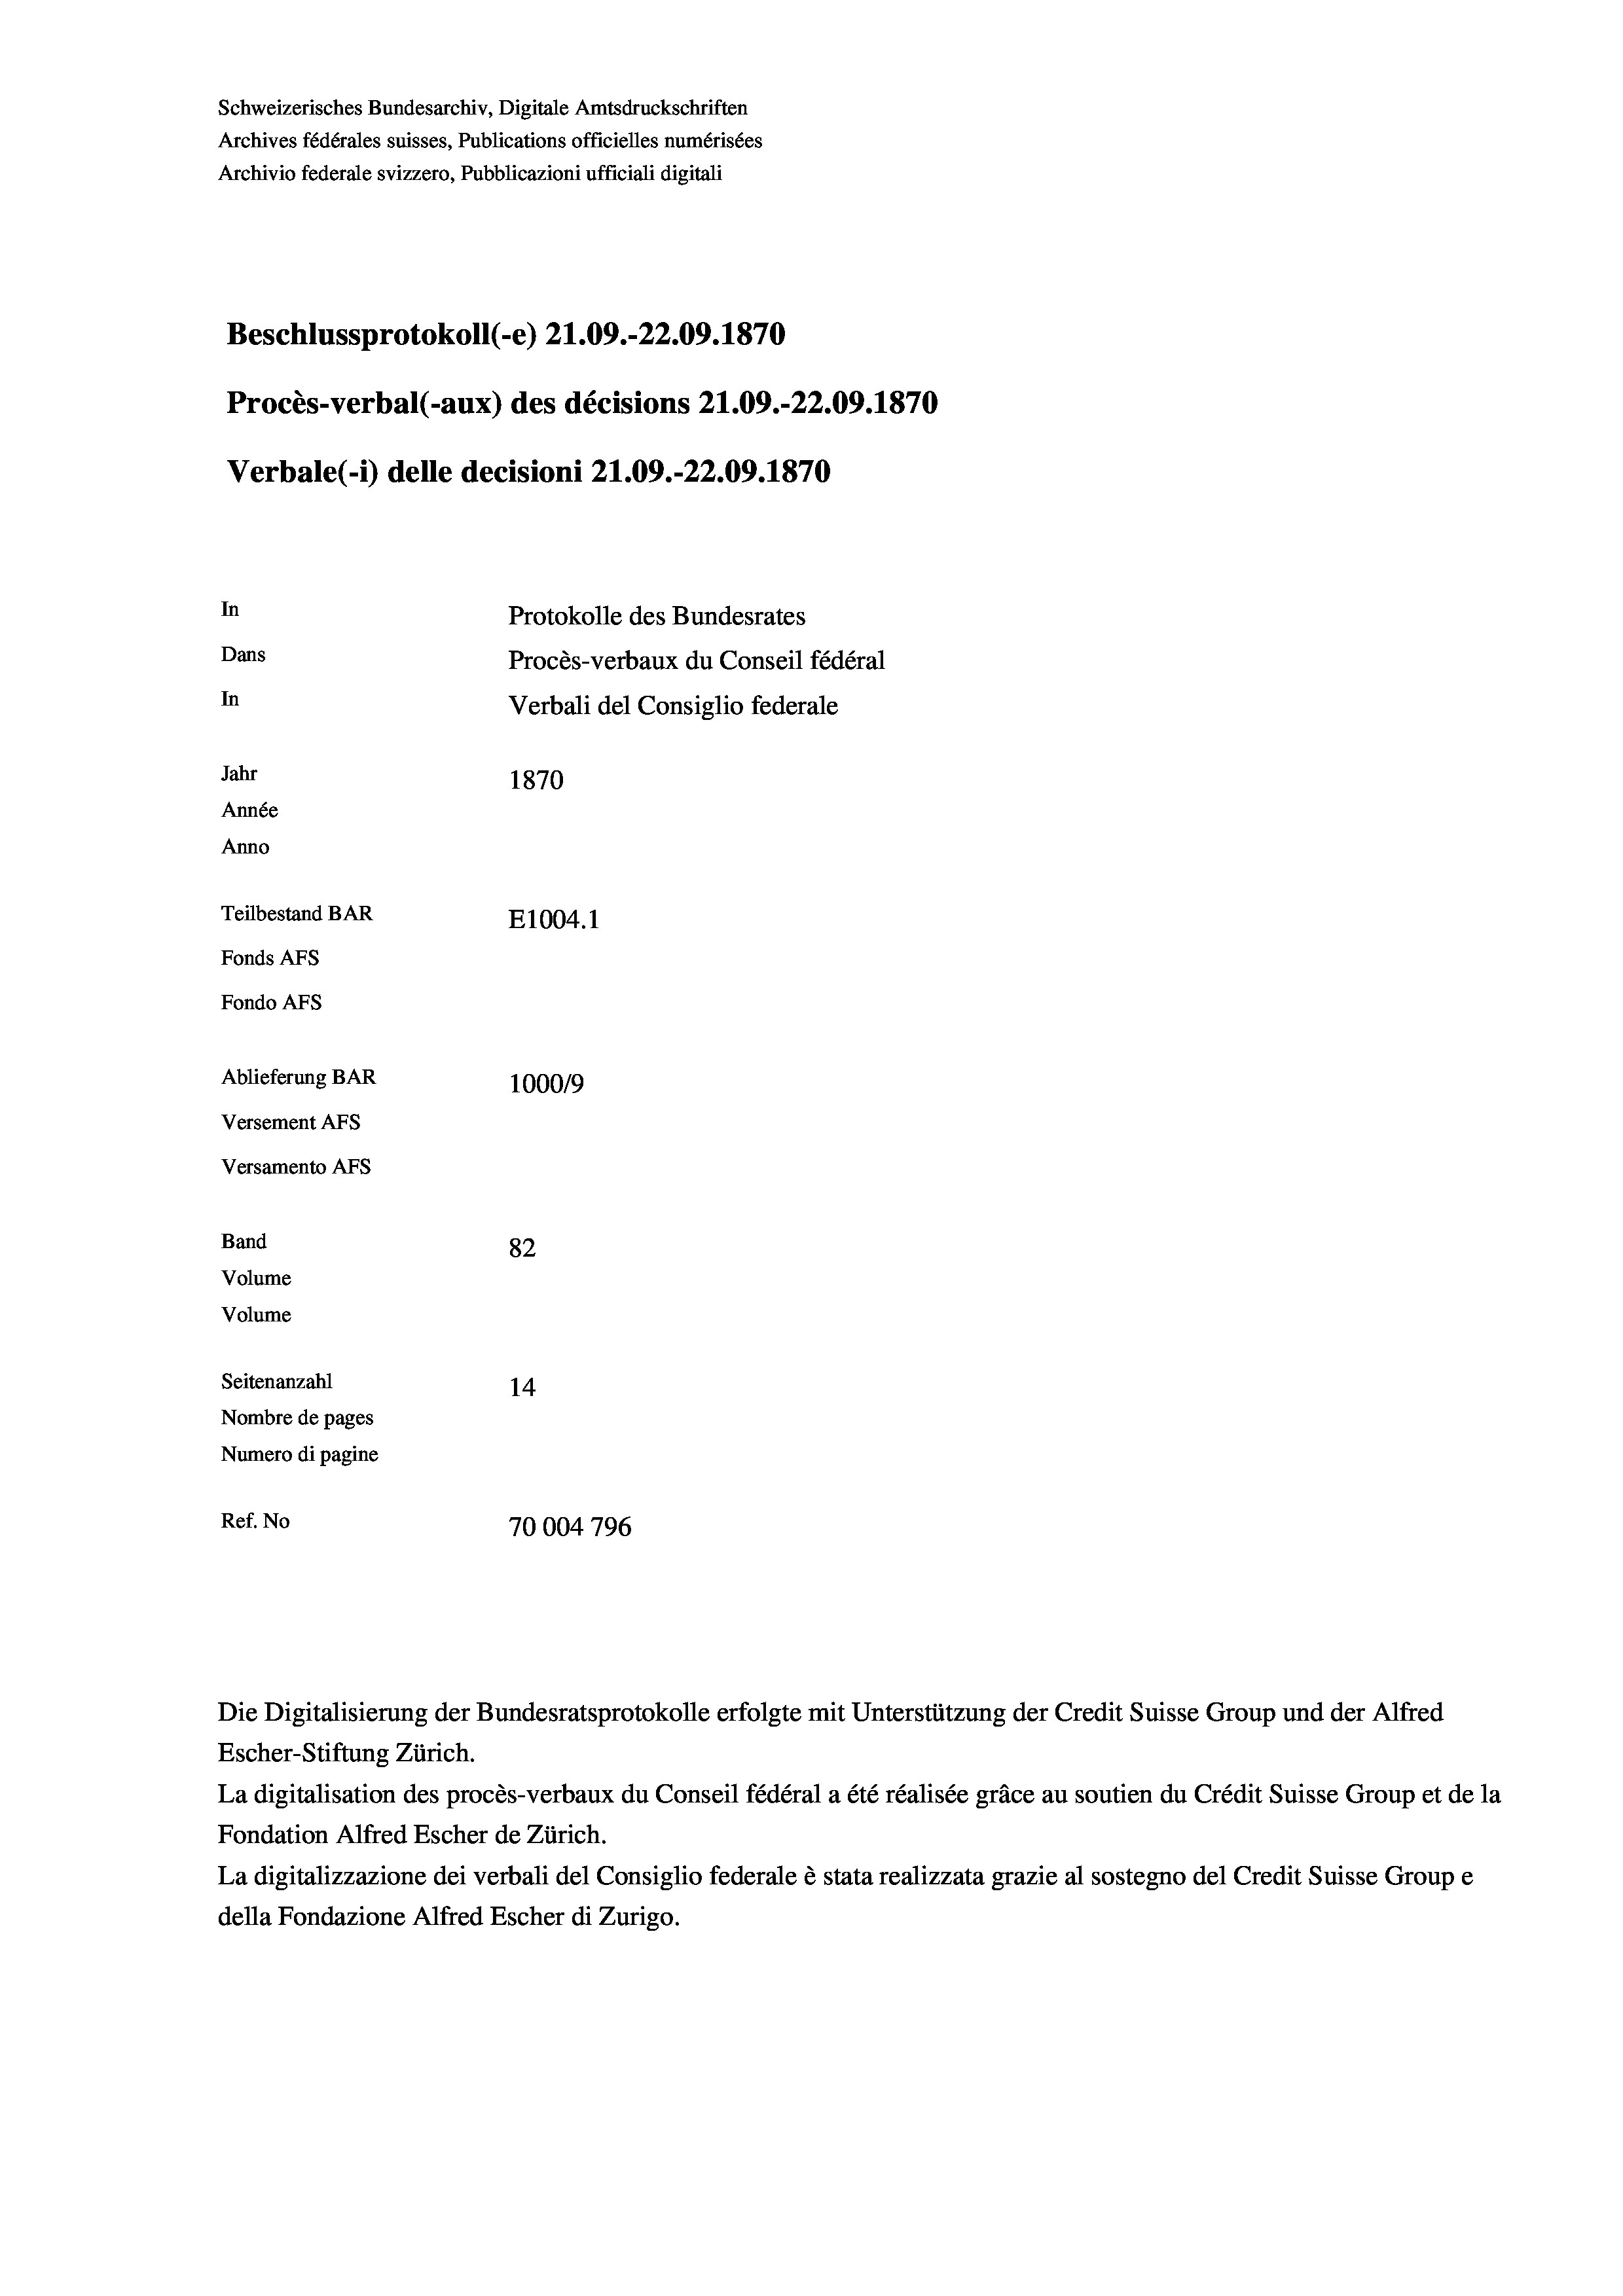
Schweizerisches Bundesarchiv, Digitale Amtsdruckschriften
Archives fédérales suisses, Publications officielles numérisées
Archivio federale svizzero, Pubblicazioni ufficiali digitali
Beschlussprotokoll (-e) 21.09.-22.09. 1870
Procès-verbal (-aux) des décisions 21.09.-22.09. 1870
Verbale(*) delle decisioni 21.09.-22.09. 1870
In
Protokolle des Bundesrates
Dans
Procès-verbaux du Conseil fédéral
In
Verbali del Consiglio federale
Jahr
1870
Année
Anno
Teilbestand BAR
E1004. 1
Fonds Afs
Fondo AFS
Ablieferung BAR
100019
Versement AFs
Versamento AFs
Band
82
Volume
Volume
Seitenanzahl
14

Nombre de pages
Numero di pagine
Ref. No
70004 796

Escher-Stiftung Zürich.
La digitalisation des procès-verbaux du Conseil fédéral a été réalisée gräce au soutien du Crédit Suisse Group et de la
Fondation Alfred Escher de Zürich.
La digitalizzazione dei verbali del Consiglio federale è stata realizzata grazie al sostegno del Credit Suisse Groupe
della Fondazione Alfred Escher di Zurigo.

Die Digitalisierung der Bundesratsprotokolle erfolgte mit Unterstützung der Credit Suisse Group und der Alfred